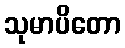
သုမာပိတော